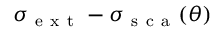
\sigma _ { \mathrm { ~ e ~ x ~ t ~ } } - \sigma _ { \mathrm { ~ s ~ c ~ a ~ } } ( \theta )